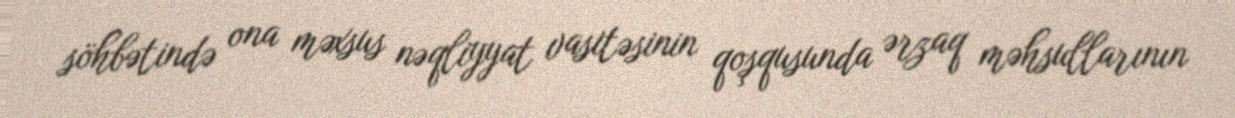
söhbətində ona məxsus nəqliyyat vasitəsinin qoşqusunda ərzaq məhsullarının